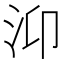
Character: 𭯹